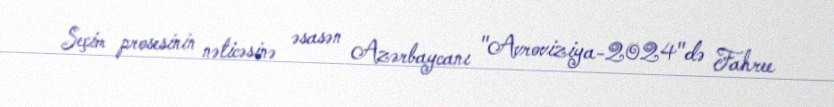
Seçim prosesinin nəticəsinə əsasən Azərbaycanı "Avroviziya-2024"də Fahree